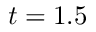
t = 1 . 5